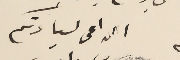
الداعى لسيادتكم